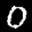
Label: 0